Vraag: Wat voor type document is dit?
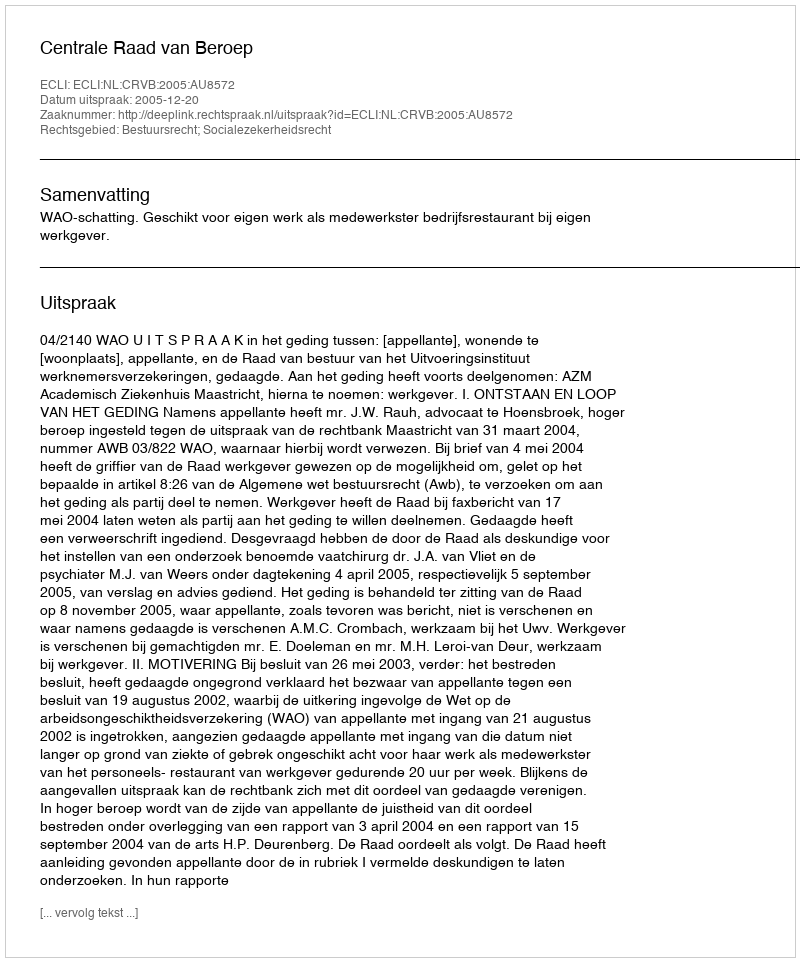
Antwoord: Uitspraak